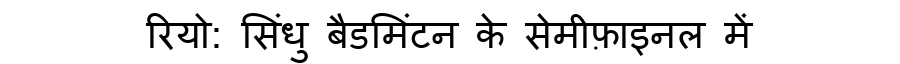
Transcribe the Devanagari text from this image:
रियो: सिंधु बैडमिंटन के सेमीफ़ाइनल में